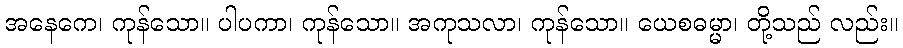
အနေကေ၊ ကုန်သော။ ပါပကာ၊ ကုန်သော။ အကုသလာ၊ ကုန်သော။ ယေစဓမ္မာ၊ တို့သည် လည်း။